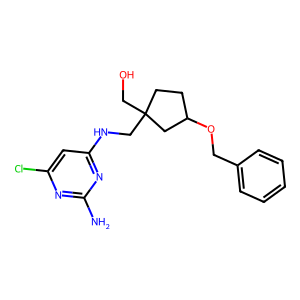
SMILES: Nc1nc(Cl)cc(NCC2(CO)CCC(OCc3ccccc3)C2)n1
Inhibits HIV replication: Yes